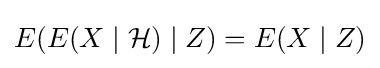
E(E(X\mid {\mathcal {H}})\mid Z)=E(X\mid Z)